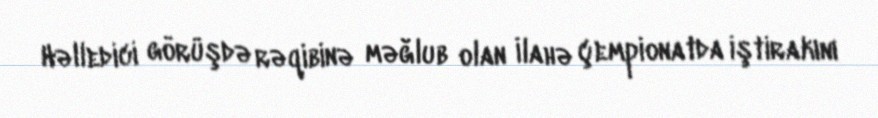
Həlledici görüşdə rəqibinə məğlub olan İlahə çempionatda iştirakını